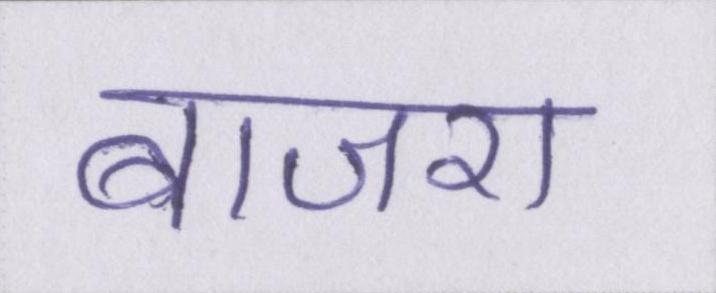
बाजरा